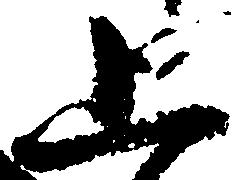
上